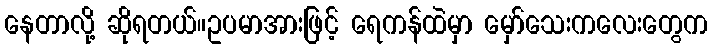
နေတာလို့ ဆိုရတယ်။ဥပမာအားဖြင့် ရေကန်ထဲမှာ မှော်သေးကလေးတွေက